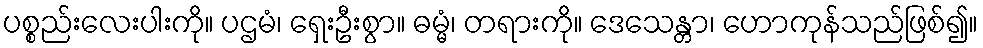
ပစ္စည်းလေးပါးကို။ ပဌမံ၊ ရှေးဦးစွာ။ ဓမ္မံ၊ တရားကို။ ဒေသေန္တာ၊ ဟောကုန်သည်ဖြစ်၍။